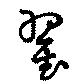
翟